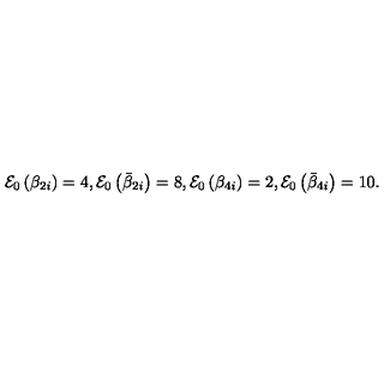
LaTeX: { \cal E } _ { 0 } \left( \beta _ { 2 i } \right) = 4 , { \cal E } _ { 0 } \left( \bar { \beta } _ { 2 i } \right) = 8 , { \cal E } _ { 0 } \left( \beta _ { 4 i } \right) = 2 , { \cal E } _ { 0 } \left( \bar { \beta } _ { 4 i } \right) = 1 0 .